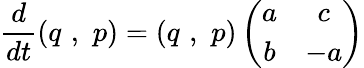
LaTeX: \frac{d}{dt}(q\, \, ,\, \, p)=(q\, \, ,\, \, p)\left(\begin{array}{cc}{{a}}&{{c}}\\ {{b}}&{{-a}}\end{array}\right)